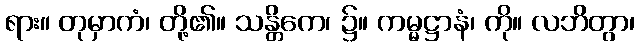
ရား။ တုမှာကံ၊ တို့၏။ သန္တိကေ၊ ၌။ ကမ္မဋ္ဌာနံ၊ ကို။ လဘိတွာ၊